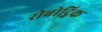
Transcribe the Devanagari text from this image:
रोबोट्निक